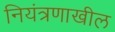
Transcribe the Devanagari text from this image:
नियंत्रणाखील